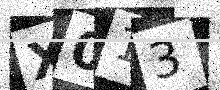
Text: X013